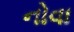
નોવા